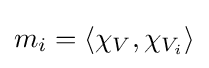
m_{i}=\langle \chi _{V},\chi _{V_{i}}\rangle